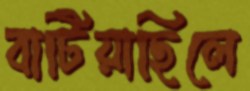
বাটিয়াছিলে